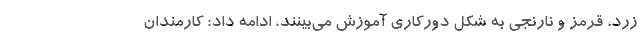
زرد، قرمز و نارنجی به شکل دورکاری آموزش می‌بینند، ادامه داد: کارمندان